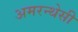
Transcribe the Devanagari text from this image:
अमरन्थेसी